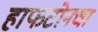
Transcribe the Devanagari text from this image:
हाफटोनचा